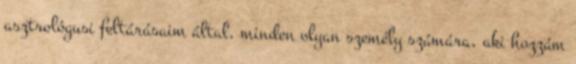
asztrológusi feltárásaim által, minden olyan személy számára, aki hozzám